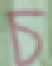
চ